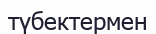
түбектермен